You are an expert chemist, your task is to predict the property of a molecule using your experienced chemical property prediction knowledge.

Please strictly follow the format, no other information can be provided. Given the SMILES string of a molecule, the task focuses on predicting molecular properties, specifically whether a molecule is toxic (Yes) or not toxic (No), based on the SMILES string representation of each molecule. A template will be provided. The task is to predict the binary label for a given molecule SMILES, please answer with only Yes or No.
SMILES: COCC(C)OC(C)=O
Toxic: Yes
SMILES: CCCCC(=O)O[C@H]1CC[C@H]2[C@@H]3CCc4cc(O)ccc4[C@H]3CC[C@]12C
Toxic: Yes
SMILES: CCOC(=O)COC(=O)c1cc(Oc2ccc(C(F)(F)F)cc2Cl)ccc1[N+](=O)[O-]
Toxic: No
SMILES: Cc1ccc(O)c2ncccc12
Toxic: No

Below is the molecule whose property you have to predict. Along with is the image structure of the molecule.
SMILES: O=C(c1ccc(F)cc1)C1CCN(CCn2c(=S)[nH]c3ccccc3c2=O)CC1
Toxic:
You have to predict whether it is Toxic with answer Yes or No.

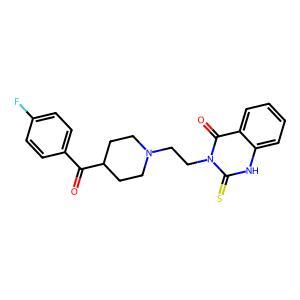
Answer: No